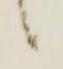
候